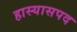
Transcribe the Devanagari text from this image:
हास्यासपद